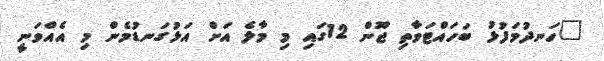
"ހަނދުމަފުޅު ބަހައްޓަވާތި ޖޫން 12ގައި މި މާލެ އަށް އަޅުގަނޑުމެން މި އެއްވަނީ